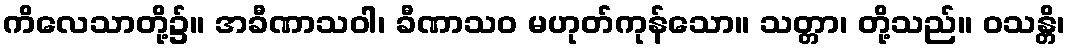
ကိလေသာတို့၌။ အခီဏာသဝါ၊ ခီဏာသဝ မဟုတ်ကုန်သော။ သတ္တာ၊ တို့သည်။ ဝသန္တိ၊